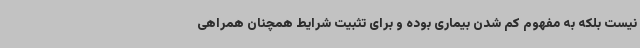
نیست بلکه به مفهوم کم شدن بیماری بوده و برای تثبیت شرایط همچنان همراهی